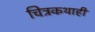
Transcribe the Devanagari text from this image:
चित्रकथाही